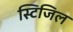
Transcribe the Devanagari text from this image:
स्टिजिल